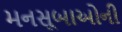
મનસૂબાઓની